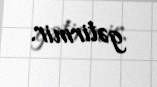
gətirmir.